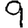
Digit: 9